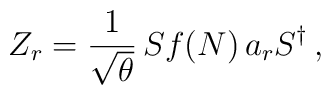
Z_{r}=\frac{1}{\sqrt{\theta}}\,Sf(N)\,a_{r}S^{\dagger}\,,